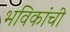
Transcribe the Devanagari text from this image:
भविकांची